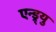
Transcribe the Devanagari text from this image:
एन्ड्र्यु